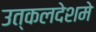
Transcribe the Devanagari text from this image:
उत्कलदेशमे